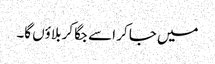
میں جا کر اسے جگا کر بلاؤں گا۔